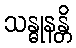
သန္ဓုနန္တိ